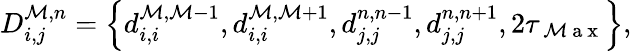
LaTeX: D_{i,j}^{\mathcal{M},n}=\left\{ d_{i,i}^{\mathcal{M},\mathcal{M}-1},d_{i,i}^{\mathcal{M},\mathcal{M}+1},d_{j,j}^{n,n-1},d_{j,j}^{n,n+1},2{\tau_{\mathrm{{~\mathcal{M}~a~x~}}}}\right\} ,